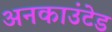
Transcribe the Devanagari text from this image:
अनकाउंटेड